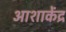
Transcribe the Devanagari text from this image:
आशाकेंद्र